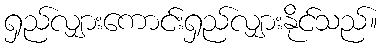
ရှည်လျှားကောင်းရှည်လျှားနိုင်သည်။